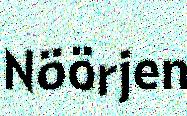
Nöörjen